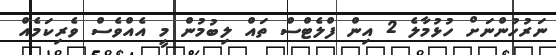
ނަރުހުންނަށް ހުޅުމާލެ 2 އިން ފްލެޓްސް ތައް ލިބުމުން މީ އެއްވެސް ވެރިކަމެއް